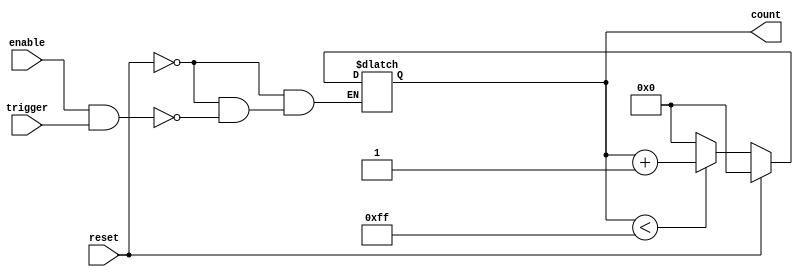
module dynamic_asynchronous_counter #(parameter N = 8) (
    input wire             reset,         // Asynchronous reset
    input wire             enable,        // Enable signal
    input wire             trigger,       // Asynchronous trigger input
    output reg [N-1:0]    count          // Output count
);

    // Maximum value based on parameter N
    localparam MAX_COUNT = (1 << N) - 1; // 2^N - 1

    // Asynchronous reset and counter update logic
    always @(*) begin
        if (reset) begin
            count = 0;  // Reset count to 0
        end else if (enable && trigger) begin
            if (count < MAX_COUNT) begin
                count = count + 1; // Increment count
            end else begin
                count = 0; // Wrap around to 0
            end
        end
    end

endmodule